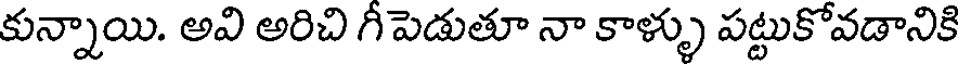
కున్నాయి. అవి అరిచి గీపెడుతూ నా కాళ్ళు పట్టుకోవడానికి